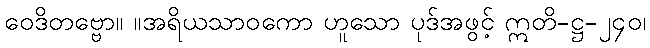
ဝေဒိတဗ္ဗော။ ။အရိယသာဝကော ဟူသော ပုဒ်အဖွင့် ဣတိ-ဋ္ဌ-၂၄၀၊